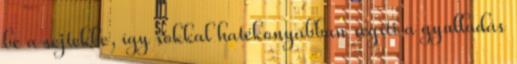
be a sejtekbe, így sokkal hatékonyabban segíti a gyulladás